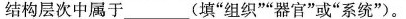
结构层次中属于___(填”组织””器官”或”系统”)。